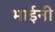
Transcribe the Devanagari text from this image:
भाईनी